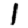
Digit: 1